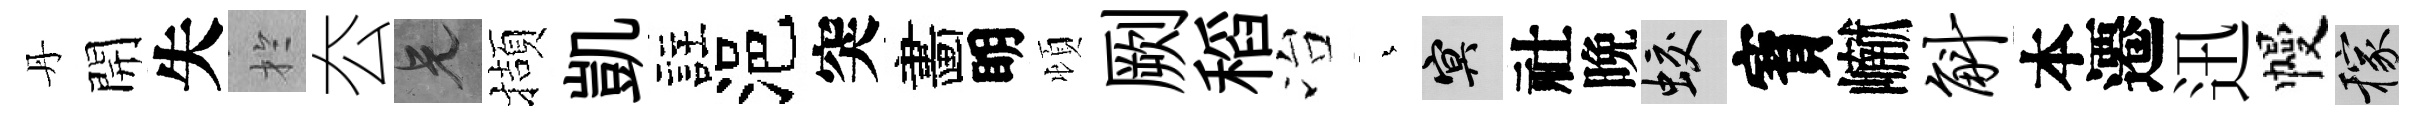
丹開失扵厺兄擷凱註浥突畵眀頓劂稻冶蒼冥社晩蛟寳𪩘斛本遷迅幔稼